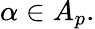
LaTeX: \alpha\in A_{p}.